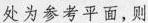
处为参考平面，则